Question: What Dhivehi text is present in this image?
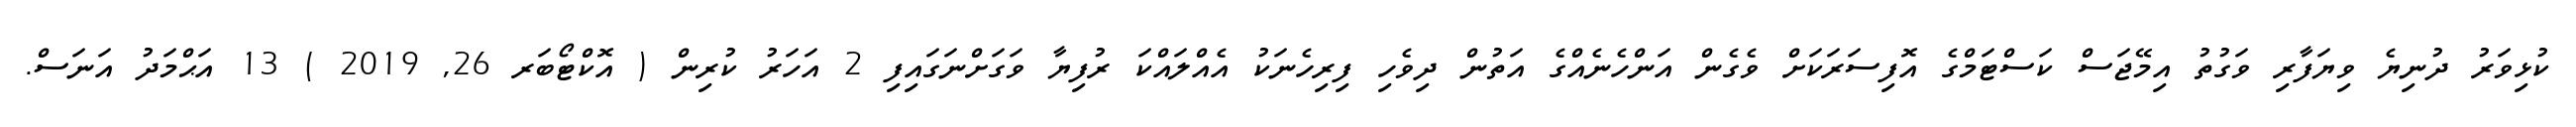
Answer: ކުޅިވަރު ދުނިޔެ ވިޔަފާރި ވަގުތު އިމޭޖަސް ކަސްޓަމްގެ އޮފިސަރަކަށް ވެގެން އަންހެނެއްގެ އަތުން ދިވެހި ފިރިހެނަކު އެއްލައްކަ ރުފިޔާ ވަގަށްނަގައިފި 2 އަހަރު ކުރިން ( އޮކްޓޯބަރ 26, 2019 ) 13 އަޙްމަދު އަނަސް.